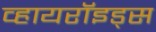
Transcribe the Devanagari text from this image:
व्हायरॉइड्स